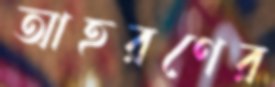
আহরণের